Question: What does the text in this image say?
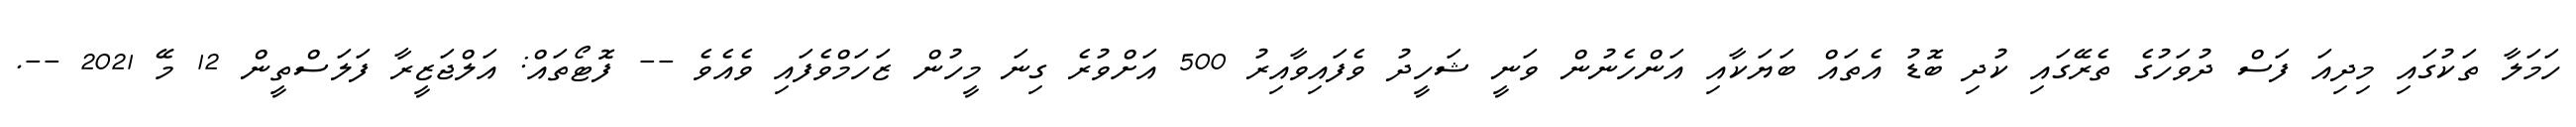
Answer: ހަމަލާ ތަކުގައި މިދިއަ ފަސް ދުވަހުގެ ތެރޭގައި ކުދި ބޮޑު އެތައް ބަޔަކާއި އަންހެނުން ވަނީ ޝަހީދު ވެފައިވާއިރު 500 އަށްވުރެ ގިނަ މީހުން ޒަހަމްވެފައި ވެއެވެ -- ފޮޓޯތައް: އަލްޖަޒީރާ ފަލަސްތީން 12 މޭ 2021 --.